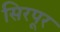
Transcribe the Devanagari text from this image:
सिरपूर